Report on vaccination in Madras 1895-1903 - 1895-1903
Year: 1895
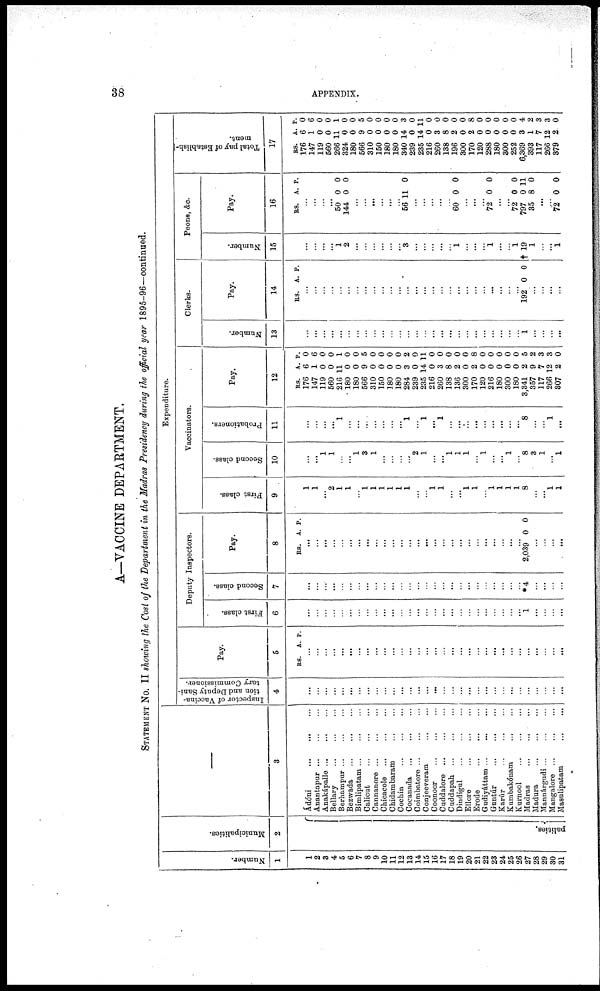
38
APPENDIX.
A—VACCINE DEPARTMENT.
STATEMENT No. II showing the Cost of the Department in the Madras Presidency during the official year 1895-96—continued.
Number.
1
1
2
3
4
5
6
7
8
9
10
11
12
13
14
15
16
17
18
19
20
21
22
23
24
25
26
27
28
29
30
31
Municipalities.
2
palities.
—
3
Ádóni ... ... ...
Anantapur
...
...
...
Anakápalle ... ... ...
Bellary ... ... ...
Berhampur ... ... ...
Bezwada ... ... ...
Bimlipatam
...
...
...
Calicut ... ... ...
Cannanore ... ... ...
Chicacole
...
...
...
Chidambaram
...
...
Cochin
...
...
...
Cocanada
...
...
...
Coimbatore
...
...
...
Conjeeveram ... ...
Coonoor
...
...
...
Cuddalore
...
...
...
Cuddapah
...
...
...
Dindigul ... ... ...
Ellore
...
...
...
Erode
...
...
...
Gudiyáttam ... ... ...
Guntúr ... ... ...
Karúr
...
...
...
Kumbakónam
...
...
Kurnool
...
...
...
Madras ... ... ...
Madura
...
...
...
Mannárgudi ... ... ...
Mangalore
...
...
...
Masulipatam
...
...
Expenditure.
Inspector of Vaccina-
tion and Deputy Sani-
tary Commissioner.
4
...
...
...
...
...
...
...
...
...
...
...
...
...
...
...
...
...
...
...
...
...
...
...
...
...
...
...
...
...
...
...
Pay.
5
RS. A. P.
...
...
...
...
...
...
...
...
...
...
...
...
...
...
...
...
...
...
...
...
...
...
...
...
...
...
...
...
...
...
...
Deputy Inspectors.
First class.
6
...
...
...
...
...
...
...
...
...
...
...
...
...
...
...
...
...
...
...
...
...
...
...
...
...
...
1
...
...
...
...
Second class.
7
...
...
...
...
...
...
...
...
...
...
...
...
...
...
...
...
...
...
...
...
...
...
...
...
...
...
*4
...
...
...
...
Pay.
8
RS. A. P.
...
...
...
...
...
...
...
...
...
...
...
...
...
...
...
...
...
...
...
...
...
...
...
...
...
...
2,039 0 0
...
...
...
...
Vaccinators.
First class.
9
...
...
...
...
...
...
...
...
...
...
...
...
...
...
...
...
...
...
...
...
...
...
...
...
...
...
...
...
...
...
...
Second class.
10
...
...
1
1
...
...
1
3
1
...
...
...
...
2
1
...
...
1
1
1
...
1
...
...
1
...
8
3
1
...
1
Probationers.
11
...
...
...
...
1
...
...
...
...
...
...
...
1
...
1
...
1
...
...
...
...
...
...
...
...
...
8
...
...
1
...
Pay.
12
RS.
176
147
119
560
216
180
180
566
310
150
180
180
284
239
235
216
260
138
136
300
170
120
216
180
300
180
3,341
357
117
266
307
A.
6
1
0
0
11
0
0
9
0
0
0
0
3
0
14
0
3
8
2
0
2
0
0
0
0
0
2
9
7
12
2
P.
0
6
0
0
1
0
0
5
0
0
0
0
2
0
11
0
0
0
0
0
8
0
0
0
0
0
5
2
3
3
0
Clerks.
Number.
13
...
...
...
...
...
...
...
...
...
...
...
...
...
...
...
...
...
...
...
...
...
...
...
...
...
...
1
...
...
...
...
Pay.
14
RS. A. P.
...
...
...
...
...
...
...
...
...
...
...
...
...
...
...
...
...
...
...
...
...
...
...
...
...
...
192 0 0
...
...
...
...
Peons, &c.
Number.
15
...
...
...
...
1
2
...
...
...
...
...
...
3
...
...
...
...
...
1
...
...
...
1
...
...
1
† 19
1
...
...
1
Pay.
16
RS. A. P.
...
...
...
...
50
144
0
0
0
0
...
...
...
...
...
...
56 11 0
...
...
...
...
...
60 0 0
...
...
...
72 0 0
...
...
72
797
35
0
0
8
0
11
0
...
...
72 0 0
Total pay of Establish-
ment.
17
RS.
176
147
119
560
266
324
180
566
310
150
180
180
340
239
235
216
260
138
196
300
170
120
288
180
300
252
6,369
393
117
266
379
A.
6
1
0
0
11
0
0
9
0
0
0
0
14
0
14
0
3
8
2
0
2
0
0
0
0
0
3
1
7
12
2
P.
0
6
0
0
1
0
0
5
0
0
0
0
3
0
11
0
0
0
0
0
8
0
0
0
0
0
4
2
3
3
0